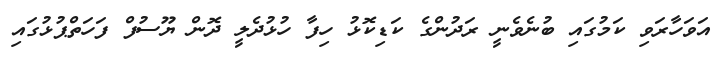
އަވަހާރަވި ކަމުގައި ބުނެވެނީ ރަދުންގެ ކަޑިކޮޅު ހިފާ ހުޅުދެލީ ދޮން ޔޫސުފް ފަހަތްޕުޅުގައި